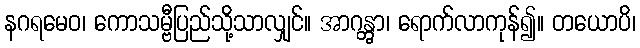
နဂရမေဝ၊ ကောသမ္ဗီပြည်သို့သာလျှင်။ အာဂန္တွာ၊ ရောက်လာကုန်၍။ တယောပိ၊